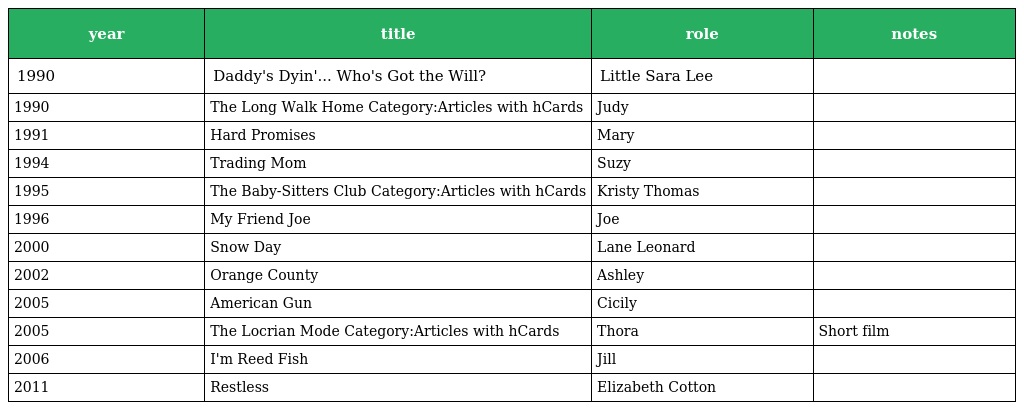
| year | title | role | notes |
 | --- | --- | --- | --- |
 | 1990 | Daddy's Dyin'... Who's Got the Will? | Little Sara Lee |  |
 | 1990 | The Long Walk Home Category:Articles with hCards | Judy |  |
 | 1991 | Hard Promises | Mary |  |
 | 1994 | Trading Mom | Suzy |  |
 | 1995 | The Baby-Sitters Club Category:Articles with hCards | Kristy Thomas |  |
 | 1996 | My Friend Joe | Joe |  |
 | 2000 | Snow Day | Lane Leonard |  |
 | 2002 | Orange County | Ashley |  |
 | 2005 | American Gun | Cicily |  |
 | 2005 | The Locrian Mode Category:Articles with hCards | Thora | Short film |
 | 2006 | I'm Reed Fish | Jill |  |
 | 2011 | Restless | Elizabeth Cotton |  |